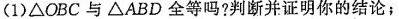
(1)\triangleOBC与\triangleABD全等吗?判断并证明你的结论；